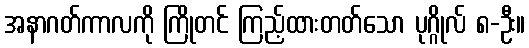
အနာဂတ်ကာလကို ကြိုတင် ကြည့်ထားတတ်သော ပုဂ္ဂိုလ် ၈-ဦး။